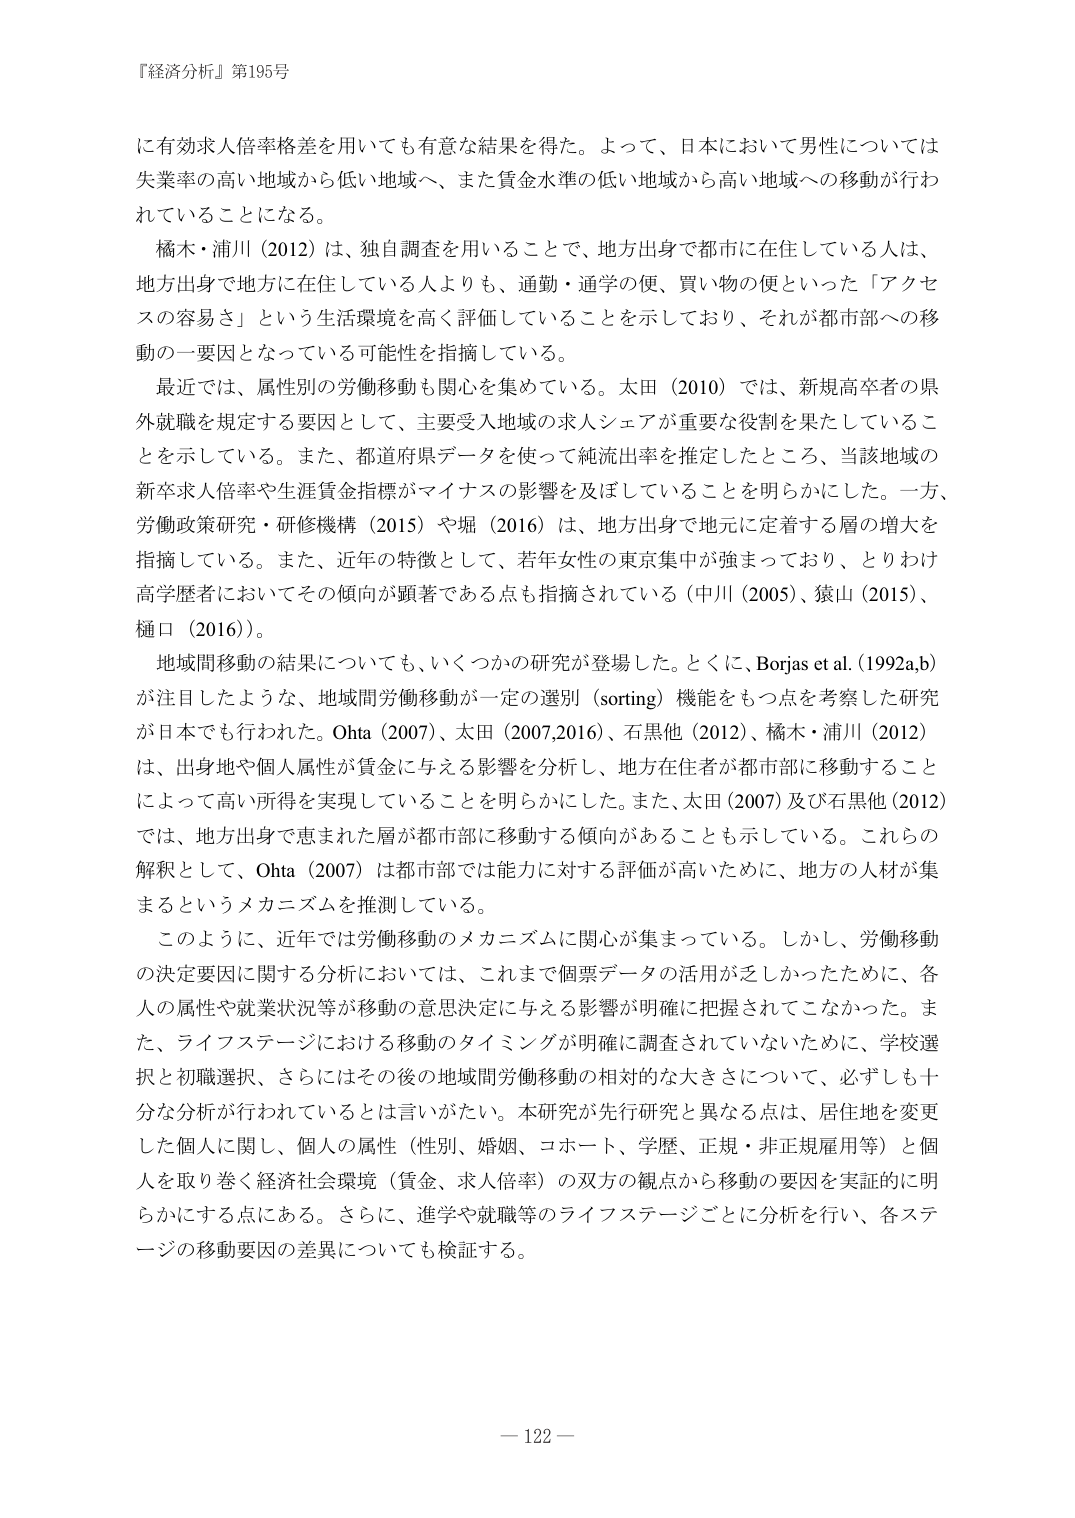
『経済分析』第195号

に有効求人倍率格差を用いても有意な結果を得た。よって、日本において男性については失業率の高い地域から低い地域へ、また賃金水準の低い地域から高い地域への移動が行われていることになる。

橘木・浦川（2012）は、独自調査を用いることで、地方出身で都市に在住している人は、地方出身で地方に在住している人よりも、通勤・通学の便、買い物の便といった「アクセスの容易さ」という生活環境を高く評価していることを示しており、それが都市部への移動の一要因となっている可能性を指摘している。

最近では、属性別の労働移動も関心を集めている。太田（2010）では、新規高卒者の県外就職を規定する要因として、主要受入地域の求人シェアが重要な役割を果たしていることを示している。また、都道府県データを使って純流出率を推定したところ、当該地域の新卒求人倍率や生涯賃金指標がマイナスの影響を及ぼしていることを明らかにした。一方、労働政策研究・研修機構（2015）や堀（2016）は、地方出身で地元に定着する層の増大を指摘している。また、近年の特徴として、若年女性の東京集中が強まっており、とりわけ高学歴者においてその傾向が顕著である点も指摘されている（中川（2005）、猿山（2015）、樋口（2016））。

地域間移動の結果についても、いくつかの研究が登場した。とくに、Borjas et al. (1992a,b) が注目したような、地域間労働移動が一定の選別（sorting）機能をもつ点を考察した研究が日本でも行われた。Ohta (2007)、太田 (2007,2016)、石黒他 (2012)、橘木・浦川 (2012) は、出身地や個人属性が賃金に与える影響を分析し、地方在住者が都市部に移動することによって高い所得を実現していることを明らかにした。また、太田 (2007) 及び石黒他 (2012) では、地方出身で恵まれた層が都市部に移動する傾向があることも示している。これらの解釈として、Ohta (2007) は都市部では能力に対する評価が高いために、地方の人材が集まるというメカニズムを推測している。

このように、近年では労働移動のメカニズムに関心が集まっている。しかし、労働移動の決定要因に関する分析においては、これまで個票データの活用が乏しかったために、各人の属性や就業状況等が移動の意思決定に与える影響が明確に把握されてこなかった。また、ライフステージにおける移動のタイミングが明確に調査されていないために、学校選択と初職選択、さらにはその後の地域間労働移動の相対的な大きさについて、必ずしも十分な分析が行われているとは言いがたい。本研究が先行研究と異なる点は、居住地を変更した個人に関し、個人の属性（性別、婚姻、コホート、学歴、正規・非正規雇用等）と個人を取り巻く経済社会環境（賃金、求人倍率）の双方の観点から移動の要因を実証的に明らかにする点にある。さらに、進学や就職等のライフステージごとに分析を行い、各ステージの移動要因の差異についても検証する。

— 122 —